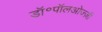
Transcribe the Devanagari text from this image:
डॉ॰पॉलओज्ज़ी